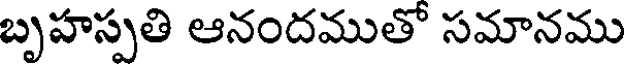
బృహస్పతి ఆనందముతో సమానము